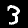
Label: 3